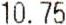
10.75